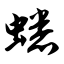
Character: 蟋